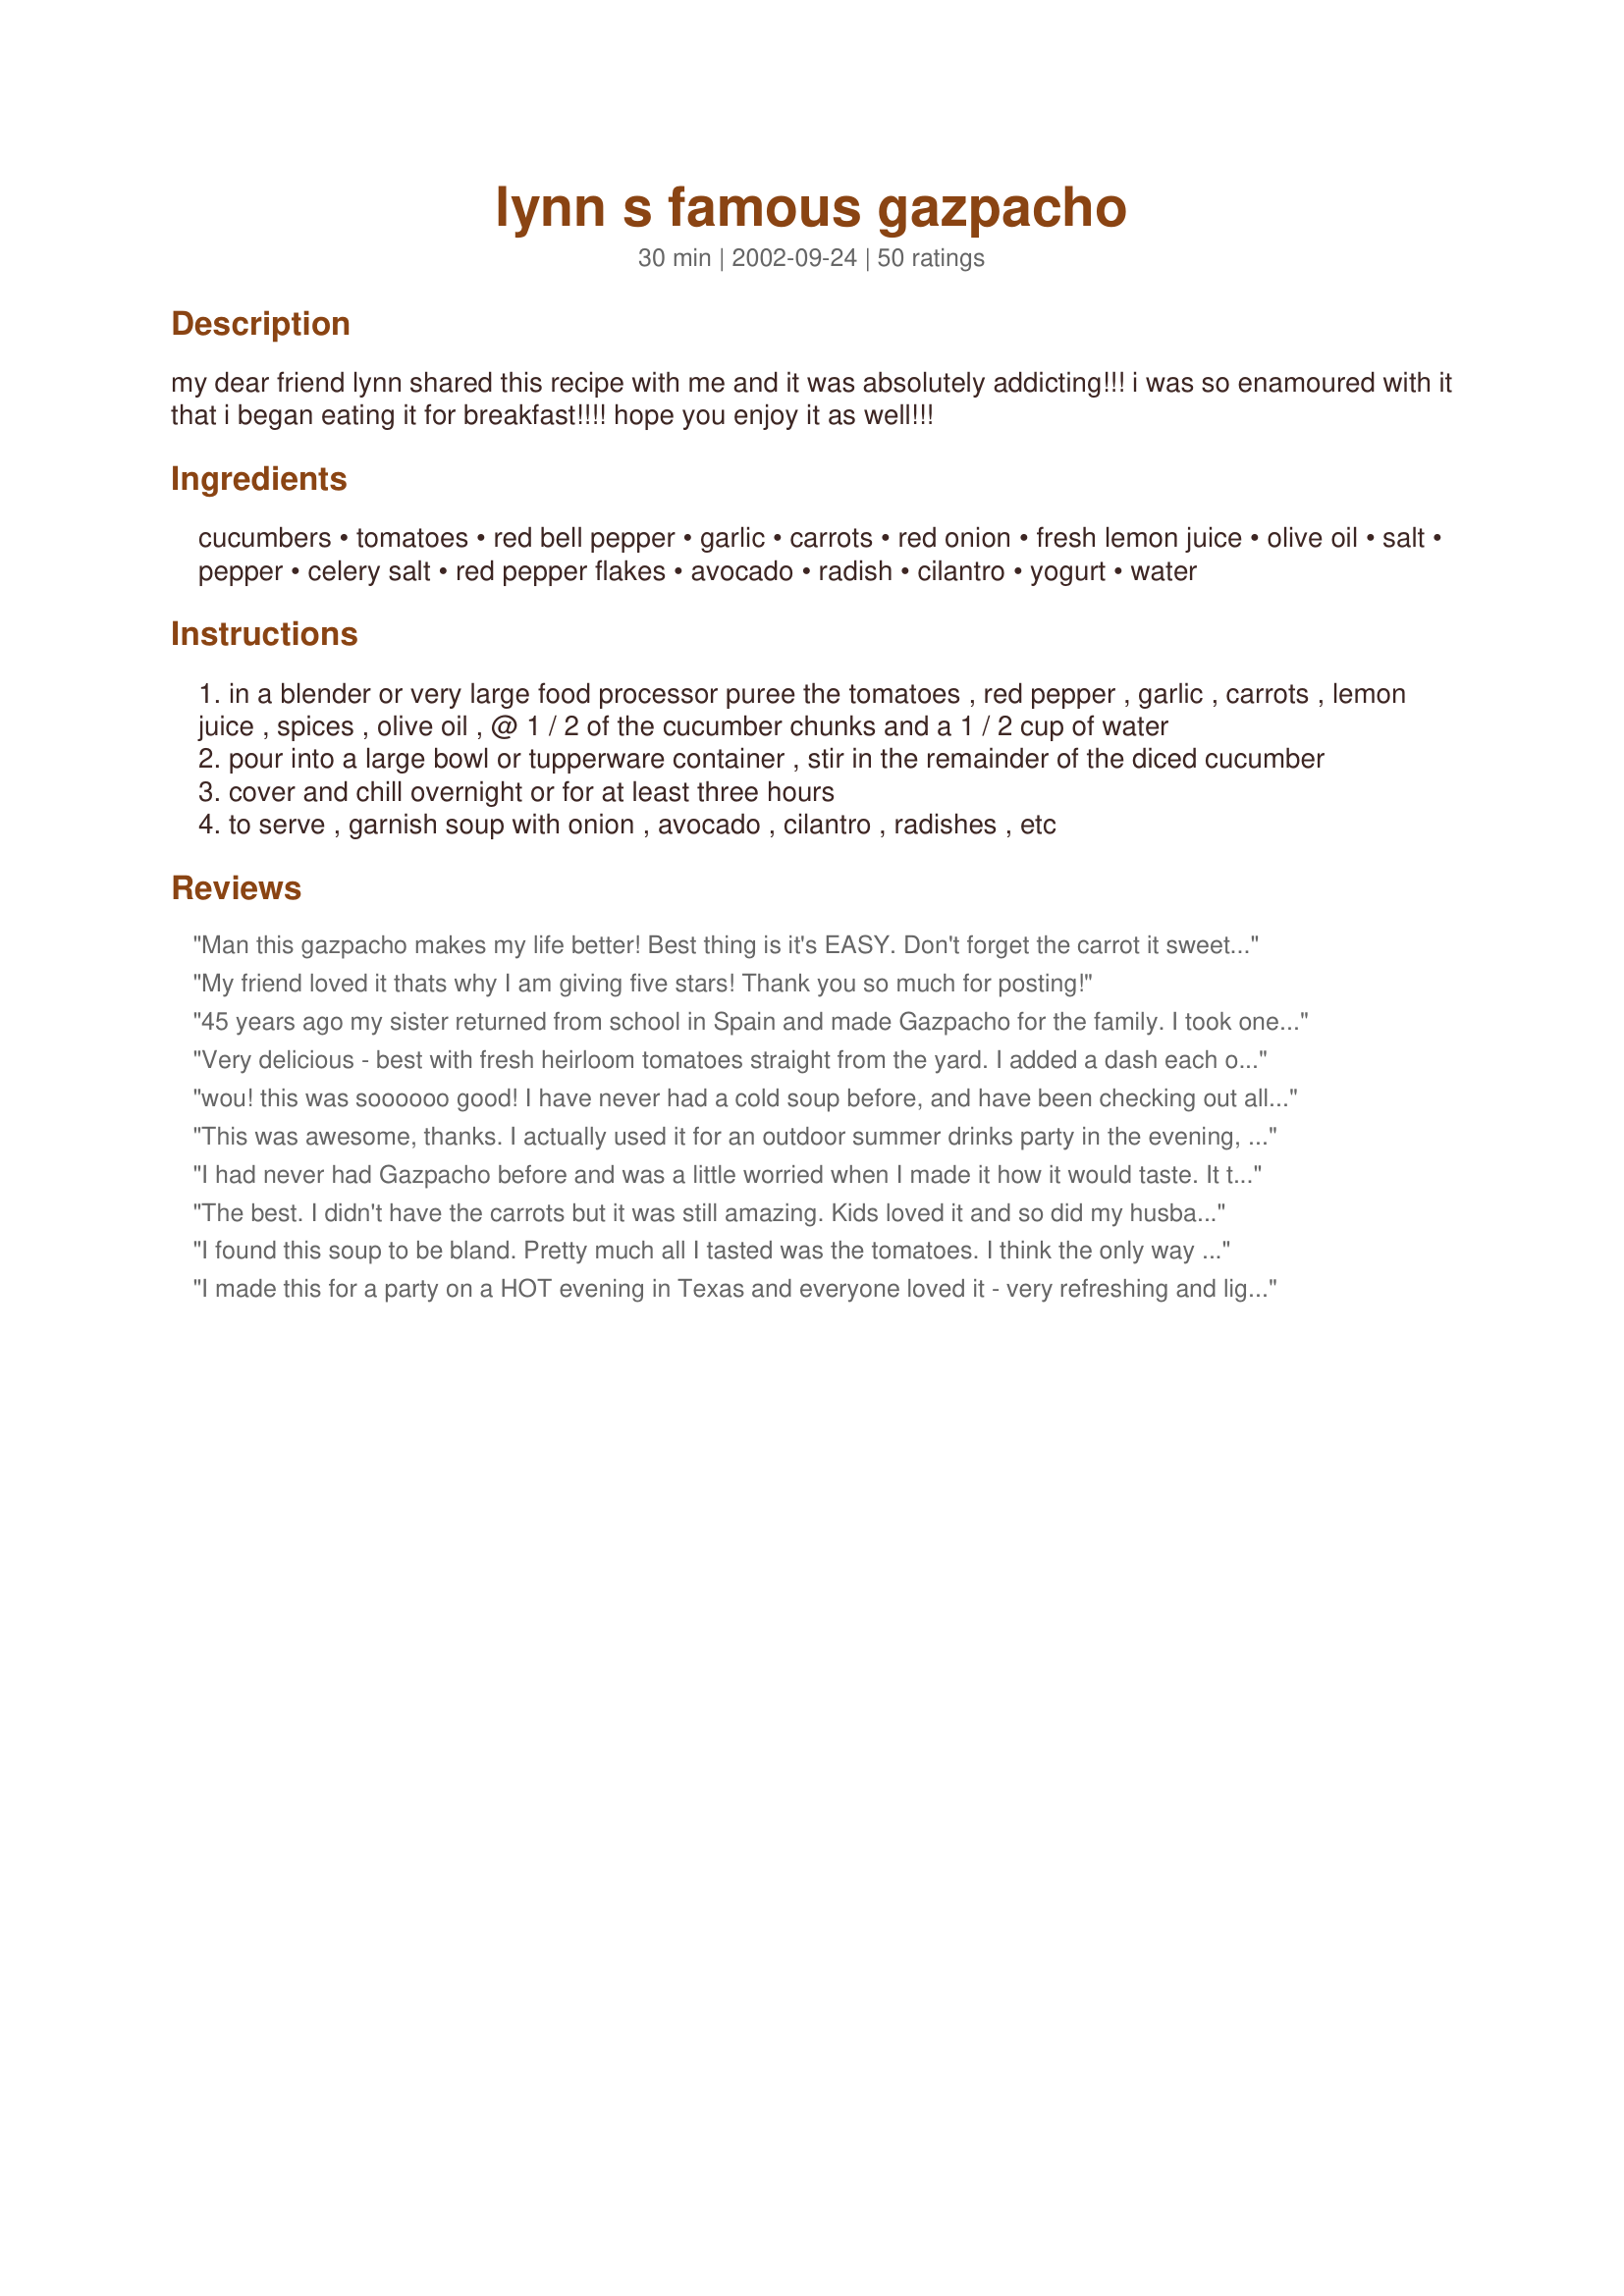
lynn s famous gazpacho
Preparation time: 30 minutes

my dear friend lynn shared this recipe with me and it was absolutely addicting!!! i was so enamoured with it that i began eating it for breakfast!!!! hope you enjoy it as well!!!

Ingredients:
cucumbers, tomatoes, red bell pepper, garlic, carrots, red onion, fresh lemon juice, olive oil, salt, pepper, celery salt, red pepper flakes, avocado, radish, cilantro, yogurt, water

Steps:
in a blender or very large food processor puree the tomatoes , red pepper , garlic , carrots , lemon juice , spices , olive oil , @ 1 / 2 of the cucumber chunks and a 1 / 2 cup of water
pour into a large bowl or tupperware container , stir in the remainder of the diced cucumber
cover and chill overnight or for at least three hours
to serve , garnish soup with onion , avocado , cilantro , radishes , etc

Reviews:
Man this gazpacho makes my life better! Best thing is it's EASY. Don't forget the carrot it sweetens the whole thing out. For a little exrta depth I added some worcesterchire sauce and that worked out well. I'll make this more than once.
My friend loved it thats why I am giving five stars! Thank you so much for posting!
45 years ago my sister returned from school in Spain and made Gazpacho for the family. I took one look at that lumpy, cold soup and KNEW I did not like it. Have never tried it since - until this recipe! OH MY GOSH have I missed out! This was wonderful - full of flavor, refreshing, and super easy. What could be better? This will become a regular summer meal at my house! (and she can say &quot;I told you so!&quot;)
Very delicious - best with fresh heirloom tomatoes straight from the yard. I added a dash each of red wine vinegar and worcestershire sauce for a little more zip. I also used cayenne pepper in lieu of red pepper flakes. I don't usually have celery or garlic salt around, so I substituted regular salt and garlic powder, which worked fine. I also peeled my tomatoes first (they were Black Krim heirlooms with somewhat tough skin).
It's a nice refreshing dish for a hot summer day.
wou! this was soooooo good! I have never had a cold soup before, and have been checking out all the ones on here as of late. I'm so glad I picked this one! Even DH, who wasn't even going to try it, fell in love with it! I made it last night, as per the instructions except for the garlic( I forgot). I only let it sit for 2 hours last night before we had it. I am having left overs right now for lunch, and it is so much better! The only thing that would be better is a little avocado, which I didn't have. I served it with sour cream.Thanks for a great recipe!
This was awesome, thanks. I actually used it for an outdoor summer drinks party in the evening, and chilled 30 glass tealight holders from IKEA, filled them with this Gazpacho, and then passed through the crowd with the little glasses on a tray! No cutlery/napkins needed - no fuss! The gazpacho was delicious. The only small change I made was to omit the second chopped cucumber, as I wanted the soup to be totally smooth - but apart from that i followed the recipe exactly and everyone loved it, so thanks! Will definitely be making this again.
I had never had Gazpacho before and was a little worried when I made it how it would taste. It turned out really good. My husband LOVED it. We took it to my inlaws and they loved it. Thank you for a great recipe. I will use this again.
The best. I didn't have the carrots but it was still amazing. Kids loved it and so did my husband and I. I tried some gazpacho from a nice restaurant soon after making this and it couldn't touch this one. I've got loads of tomatoes ripening now and I will make this for the rest of the summer.
I found this soup to be bland. Pretty much all I tasted was the tomatoes. I think the only way I would like this is if there were more vegetables and more spices. Maybe I am just not a Gazpacho person.
I made this for a party on a HOT evening in Texas and everyone loved it - very refreshing and light. Recipe is very easy - I did add a bit of time to the preparation time because I peeled and seeded the tomatoes - personal choice. I served with a couple of complimenting salads and steamed corn tortillas - very easy meal. Before adding the final salt and pepper, etc. be sure that the soup has set for awhile as the flavor enhances and blends, and you might not need anymore. Thanks, Lynn it was GREAT! This was my first attempt at Gazpacho!
Lovely. An easy, light, delicious gazpacho. I will definitely be making this one over and over again.
an excellent blend of vegetables. i added more garlic and left the spicing up to the eaters. rave reviews from all who consumed.
It really tastes like any other gazpacho I've had. We added the cilantro to the blender when we made this (and added a couple additional tablespoons of it), rather than using it as a garnish. That added a nice flavor. We also used light sour cream for garnish instead of yogurt. I think I liked this better than I would have liked the yogurt. It's not something I would eat for breakfast, by any means, but everyone has their own tastes.
I think that with Darhosta&#039;s modifications, this would be very good, and I&#039;m eager to try it -- without the carrots. Carrots do not belong in gazpacho. Ever. Nix. The. Carrots.
Easy and soo delicious! So refreshing, especially with the mint, all natural ingredients so its a family friendly receipe! I left the mint in the bottles in the fridge so it infused! Making this again and again!
Great! Left out the olive oil, avocado, and sour cream, deseeded the tomatoes, and added some stale whole grain bread while blending.
Awesome! With the 105 degree heat this week, this was perfect! I used a few shots of Tabasco sauce instead of the red pepper flakes (just a preference) and it was great! Thanks!
Wonderful stuff - I'd forgotten how much I loved gazpacho. Nice to have in the hot weather. In order to pull this off today I had to make a few changes ... I added a little leftover salsa and omitted the red pepper flakes, and used a 1-lb can of diced tomatoes and two huge fresh tomatoes - no carrots on hand, but the recipe didn't suffer for it. Thanks for posting it.
Typically, my husband is not a great fan of gazpacho. But, for health reasons I made this recipe and he absolutely loved it! Now we make it all the time and it has become one of our regular meals.
Fabulous....I do have a question though. Under Nutrition Facts, it lists just 1 serving. How much is in one serving? I see it says 356 g. I have no idea how much that is. Thanks....oh and I added wayyyy to much red pepper flakes. So, be careful and go easy. Otherwise,,,very tasty~
I've tasted many different versions of gazpacho and this is a very good one! And so easy to make, too. My knives just happened to be freshly sharpened, which made all this chopping a breeze.
My Husband LOVES Gazpacho, I REALLY don't care for Gazpacho at all,BUT,this is VERY good. I think I will try some with scrambled eggs like Mirjam Dorn said. Thank you Leah for posting Lynn's Recipe.;)
This was very refreshing on a hot day. I made exactly as written, but for some reason I felt something was missing and I just couldn't quite place it. Maybe because I'm used to more of a chunky gazpacho with the separated flavors...? Regardless, it was still great and I will try it again but will be sure to pulse it rather than puree. Thanks!
This has become my wife's favorite summer soup. The only change I make is to quickly blanch the garlic for 30 seconds to take away a bit of the bite. (I also use about 3 cloves of garlic instead of 1) Thanks for a keeper!
I loved this. Made exactly as written and I take some to work everyday. It's not filling enough for lunch me by itself, but everytime I feel like snacking, I have a little cup of this. Talk about a healthy snack!
This was great- made it exactly as written and it was the perfect taste. Excellent meal on a hot summer day after a visit to the farmers market! Loved to make it with local veggies. Thanks for the great recipe. This will be our go-to gazpacho recipe!
This recipe is an excellent base for tasty gazpacho but is a little on the bland side for my taste. The changes I made were as follow: 1) I removed the skin from the tomatoes as others have suggested, though not the seeds because it would also remove too much liquid. 2) I added about 2T of worcestershire sauce, as someone else her suggested. 3) I added fresh celery and kosher salt, rather than celery salt. 3) I used 3 garlic cloves. 4) I added a couple of jalapenos which weren't turned out to be not all that hot but gave the soup a nice green fleck. 5) For heat, I added Sambal Olek, one of my all time favorite things to use to add just heat and not salt and vinegar. 6) I doubled the lemon juice. 7) I added 4 corn tortillas to the processor that I'd let soak in the pureed tomatoes for a bit.

I have a Pampered Chef chopper which makes the vegetables a nice, really finely chopped consistency. I preferred this to the more chunky style gazpacho, so I left a bit of all the veggies out of the processor to chop them. It was more time consuming but the result was really beautiful.
What a wonderful recipe! My kids even enjoyed it!
This is by far the best Gazpacho I have every tried. The combination and amounts of each ingredient is a perfect blend. I followed Mirjam's lead and served it with scrambled eggs the next morning. (Great suggestion, Mirjam!) Thanks again Leah K for sharing this great recipe. I will be making this dish again. :-)

This was delicious and easy. I had tomatoes, carrots and cucumber in the garden, and this gazpacho was a bowl of fresh! Instead of celery salt, I used 1/w tsp of both garlic and onion powder. I used a pinch of cayenne instead of red pepper flakes. Thanks for sharing!
Add me to the fans! This is my first experience with gazpacho, and I'm charmed. I had read a lot of recipes but was always too timid to try them. Thank you very much! I love it.
Haven't tried it yet but it sounds yummy! Especially after reading all the comments! Jack
What a refreshing soup! I changed the recipe a bit - I used yellow/orange tomatoes rather than the red ones and I also used an orange pepper (a whole one - just b/c I misread the recipe). I didn't have any carrots, so I didn't use those & I completely forgot to put the onion in. It was STILL delicious, I can't imagine how good it would be with the onion & carrots! I also added some cilantro, but that's just b/c I add cilantro to everything, LOL! I love that stuff! This was SO easy & is so healthy & good!
we spiced it up a bit trying vinegar, hot sauce, etc. It froze very well
Easy, healthy and good. Very forgiving if you want to add or remove a vegetable. I should make this more often, an easy way to get a lot of veggies in one serving. I added some lettuce and mixed that up in there too.
My husband seems to be an expert when it comes to Gazpacho. I made this for him, and he said he liked it better than the ones at the upscale restaurants where he frequently eats. Thank you this was great.
Excellent recipe. I topped mine with some cooked/chilled cocktail shrimp & sour cream. YUM!
Like Lynn, my BH also is not a fan of gazpacho, he won't eat any kind of cold soup. Tough noogies on him, I made this for myself. and like Leah, found myself having it for breakfast! I even added a splash to my scrambled eggs and they were heavenly! I fried up some garlic croutons and crushed them over the soup, yowza!
Excellent recipe - endless options for variation! I added a jalapeno, and diced radishes to the soup (not as garnish). This will be a standard for me - great way to use abundant tomatoes, and it freezes well!
Dee-lish! In addition to the garnishes I add some chopped egg and maybe a piece of bread- reminds me of my summer in Spain! It is so hot right now I am keeping a supply in the fridge. Gracias!
A REALGazpacho doesn't include avacado, sour cream, carrots, or radishes. Just saying...but if you like it that is fine just not authentic
Simple and easy and oh so yummy!!! I halfed the recipe and made this in my VITAMIX and it was full to the top. I did not half the garlic, red pepper or the onion. Nor did I peel the tomatoes as it is not required in my Vitamix and it purees everything so well. It was yummy right off the bat without letting it sit in the fridge for 3 hours. But, I did let it sit as recommended. Authentic gazpacho does not use carrots and has red wine vinegar and bread. This is wonderful lighter version that is great for weight watchers.
Fabulous and nutritious... freezes well.
This is a wonderful recipe and I have now make it 4 times in my food processor. You don't even need the garnish. A little plain non fat yogurt is yummy on it.<br/> The food processor gives it a wonderful texture, far superiour to a blender. <br/>Yesterday, I made it in a blender and I didn't like the totally pureed quality. <br/>I will go back to the food processor: the texture is of finely chopped veggies. I didn't peel the tomatoes. <br/>I also added a tablespoon of sherry vinegar.
Excellent! Letting it refrigerate overnight really helped the flavors develop and mix. This is a good recipe for gardeners because you can use a variety of your fresh produce. My wife and I added just a little bit of sour cream to our servings (and I added a touch of hotsauce to mine). Yum!
Sorry, the texture on this was just awful. I'm thinking I did something wrong. Next time I would definitely peel the tomatoes first.
Mmmmmm....Just looked it up and then made it today! So easy (we have a Vita-Mix). I just "chunked" the veggies into sections and chucked them in...so easy and soooooo yummy!
THIS is the Gazpacho of my dreams! I made one mistake which happily turned out fine and one change (personal desire)I pureed the onion with all the other things,and used 5 cloves of garlic because we love it... but I think the pureed onion was a great and flavorful addition,,, Minced another 1/2 onion to add with the other garnish vegetables. I diced up all the "whole" vegetables really small and added brocolli and cauliflower from the garden for my garnishes ... in addition to what you suggested. This is a delightful soup. As an aside... I found this to be a GREAT Bloody Mary base as well...BONUS! Thanks! Makwa
Fantastic and totally easy. It hardly takes any prep since everything gets blended together. I've made Gazpacho before, and this is definitely the best recipe I've found!
One of the first gazpacho recipes my family loves! I misread and put the avocado in the food processor with the rest, rather than leaving it as a garnish, and that worked well too. I've been trying to find a good gazpacho recipe for years and finally have!
